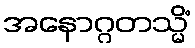
အနောဂ္ဂတသ္မိံ